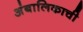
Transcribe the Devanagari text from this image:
अंबालिकाची